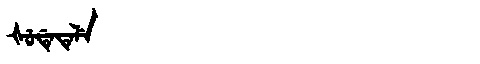
Manchu: ᡧᡠᡩᡝᡨᡝᠯᡝ
Romanization: ŠUDETELE